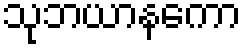
သုဘယာနကော